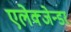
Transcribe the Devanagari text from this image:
एलेक्जेन्डर